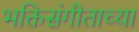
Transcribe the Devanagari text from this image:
भक्तिसंगीताच्या